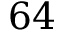
6 4